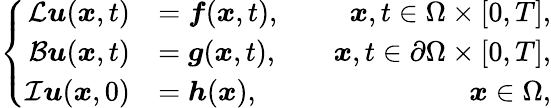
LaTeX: \left\{ \begin{array}{rlr}{\mathcal{L}\boldsymbol{u}(\boldsymbol{x},t)}&{=\boldsymbol{f}(\boldsymbol{x},t),}&{\quad\boldsymbol{x},t\in\Omega\times[0,T],}\\ {\mathcal{B}\boldsymbol{u}(\boldsymbol{x},t)}&{=\boldsymbol{g}(\boldsymbol{x},t),}&{\quad\boldsymbol{x},t\in\partial\Omega\times[0,T],}\\ {\mathcal{I}\boldsymbol{u}(\boldsymbol{x},0)}&{=\boldsymbol{h}(\boldsymbol{x}),}&{\quad\boldsymbol{x}\in\Omega,}\end{array}\right.